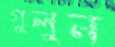
গুলুন